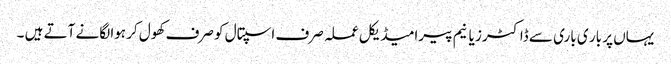
یہاں پر بار ی باری سے ڈاکٹرز یا نیم پیرامیڈیکل عملہ صرف اسپتال کو صرف کھول کر ہوا لگانے آتے ہیں ۔